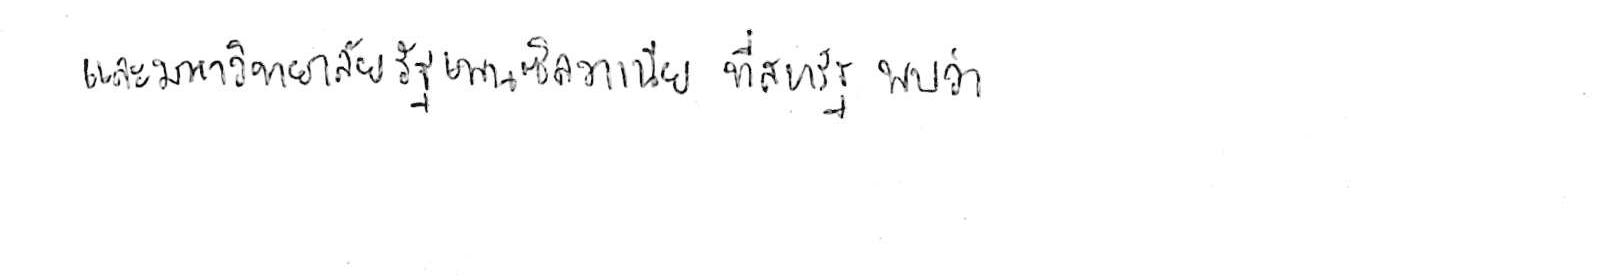
และมหาวิทยาลัยรัฐเพนซิลวาเนีย ที่สหรัฐ พบว่า